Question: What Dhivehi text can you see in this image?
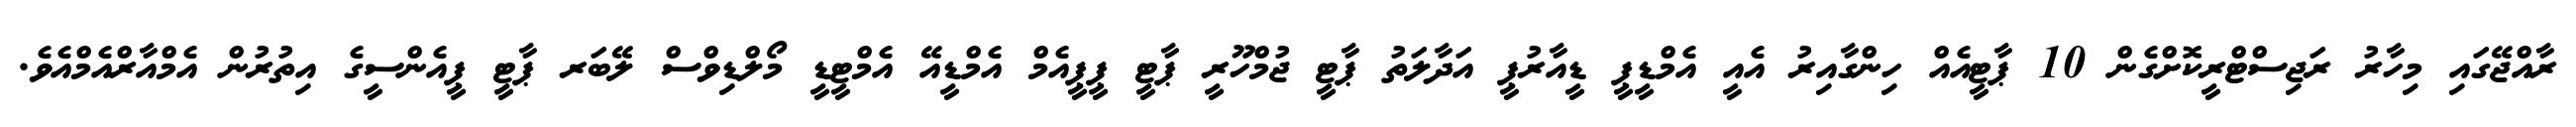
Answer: ރާއްޖޭގައި މިހާރު ރަޖިސްޓްރީކޮށްގެން 10 ޕާޓީއެއް ހިންގާއިރު އެއީ އެމްޑީޕީ ޑީއާރުޕީ އަދާލަތު ޕާޓީ ޖުމްހޫރީ ޕާޓީ ޕީޕީއެމް އެމްޑީއޭ އެމްޓީޑީ މޯލްޑިވްސް ލޭބަރ ޕާޓީ ޕީއެންސީގެ އިތުރުން އެމްއާރްއެމްއެވެ.